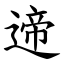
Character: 遆